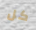
كل